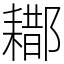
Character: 䣢